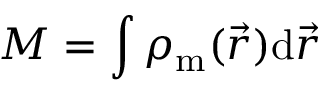
M = \int \rho _ { \mathrm { m } } ( \vec { r } ) \mathrm { d } \vec { r }